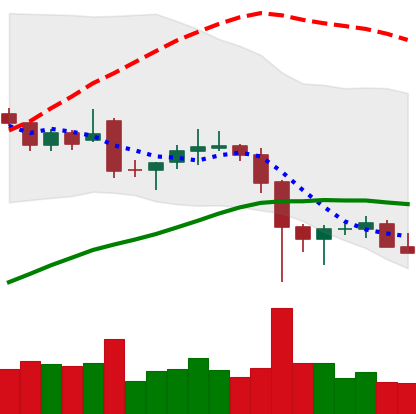
Ticker: LTC-USD
Chart end date: 2021-12-10
Forward return: 3.309%
Label: up_3_5